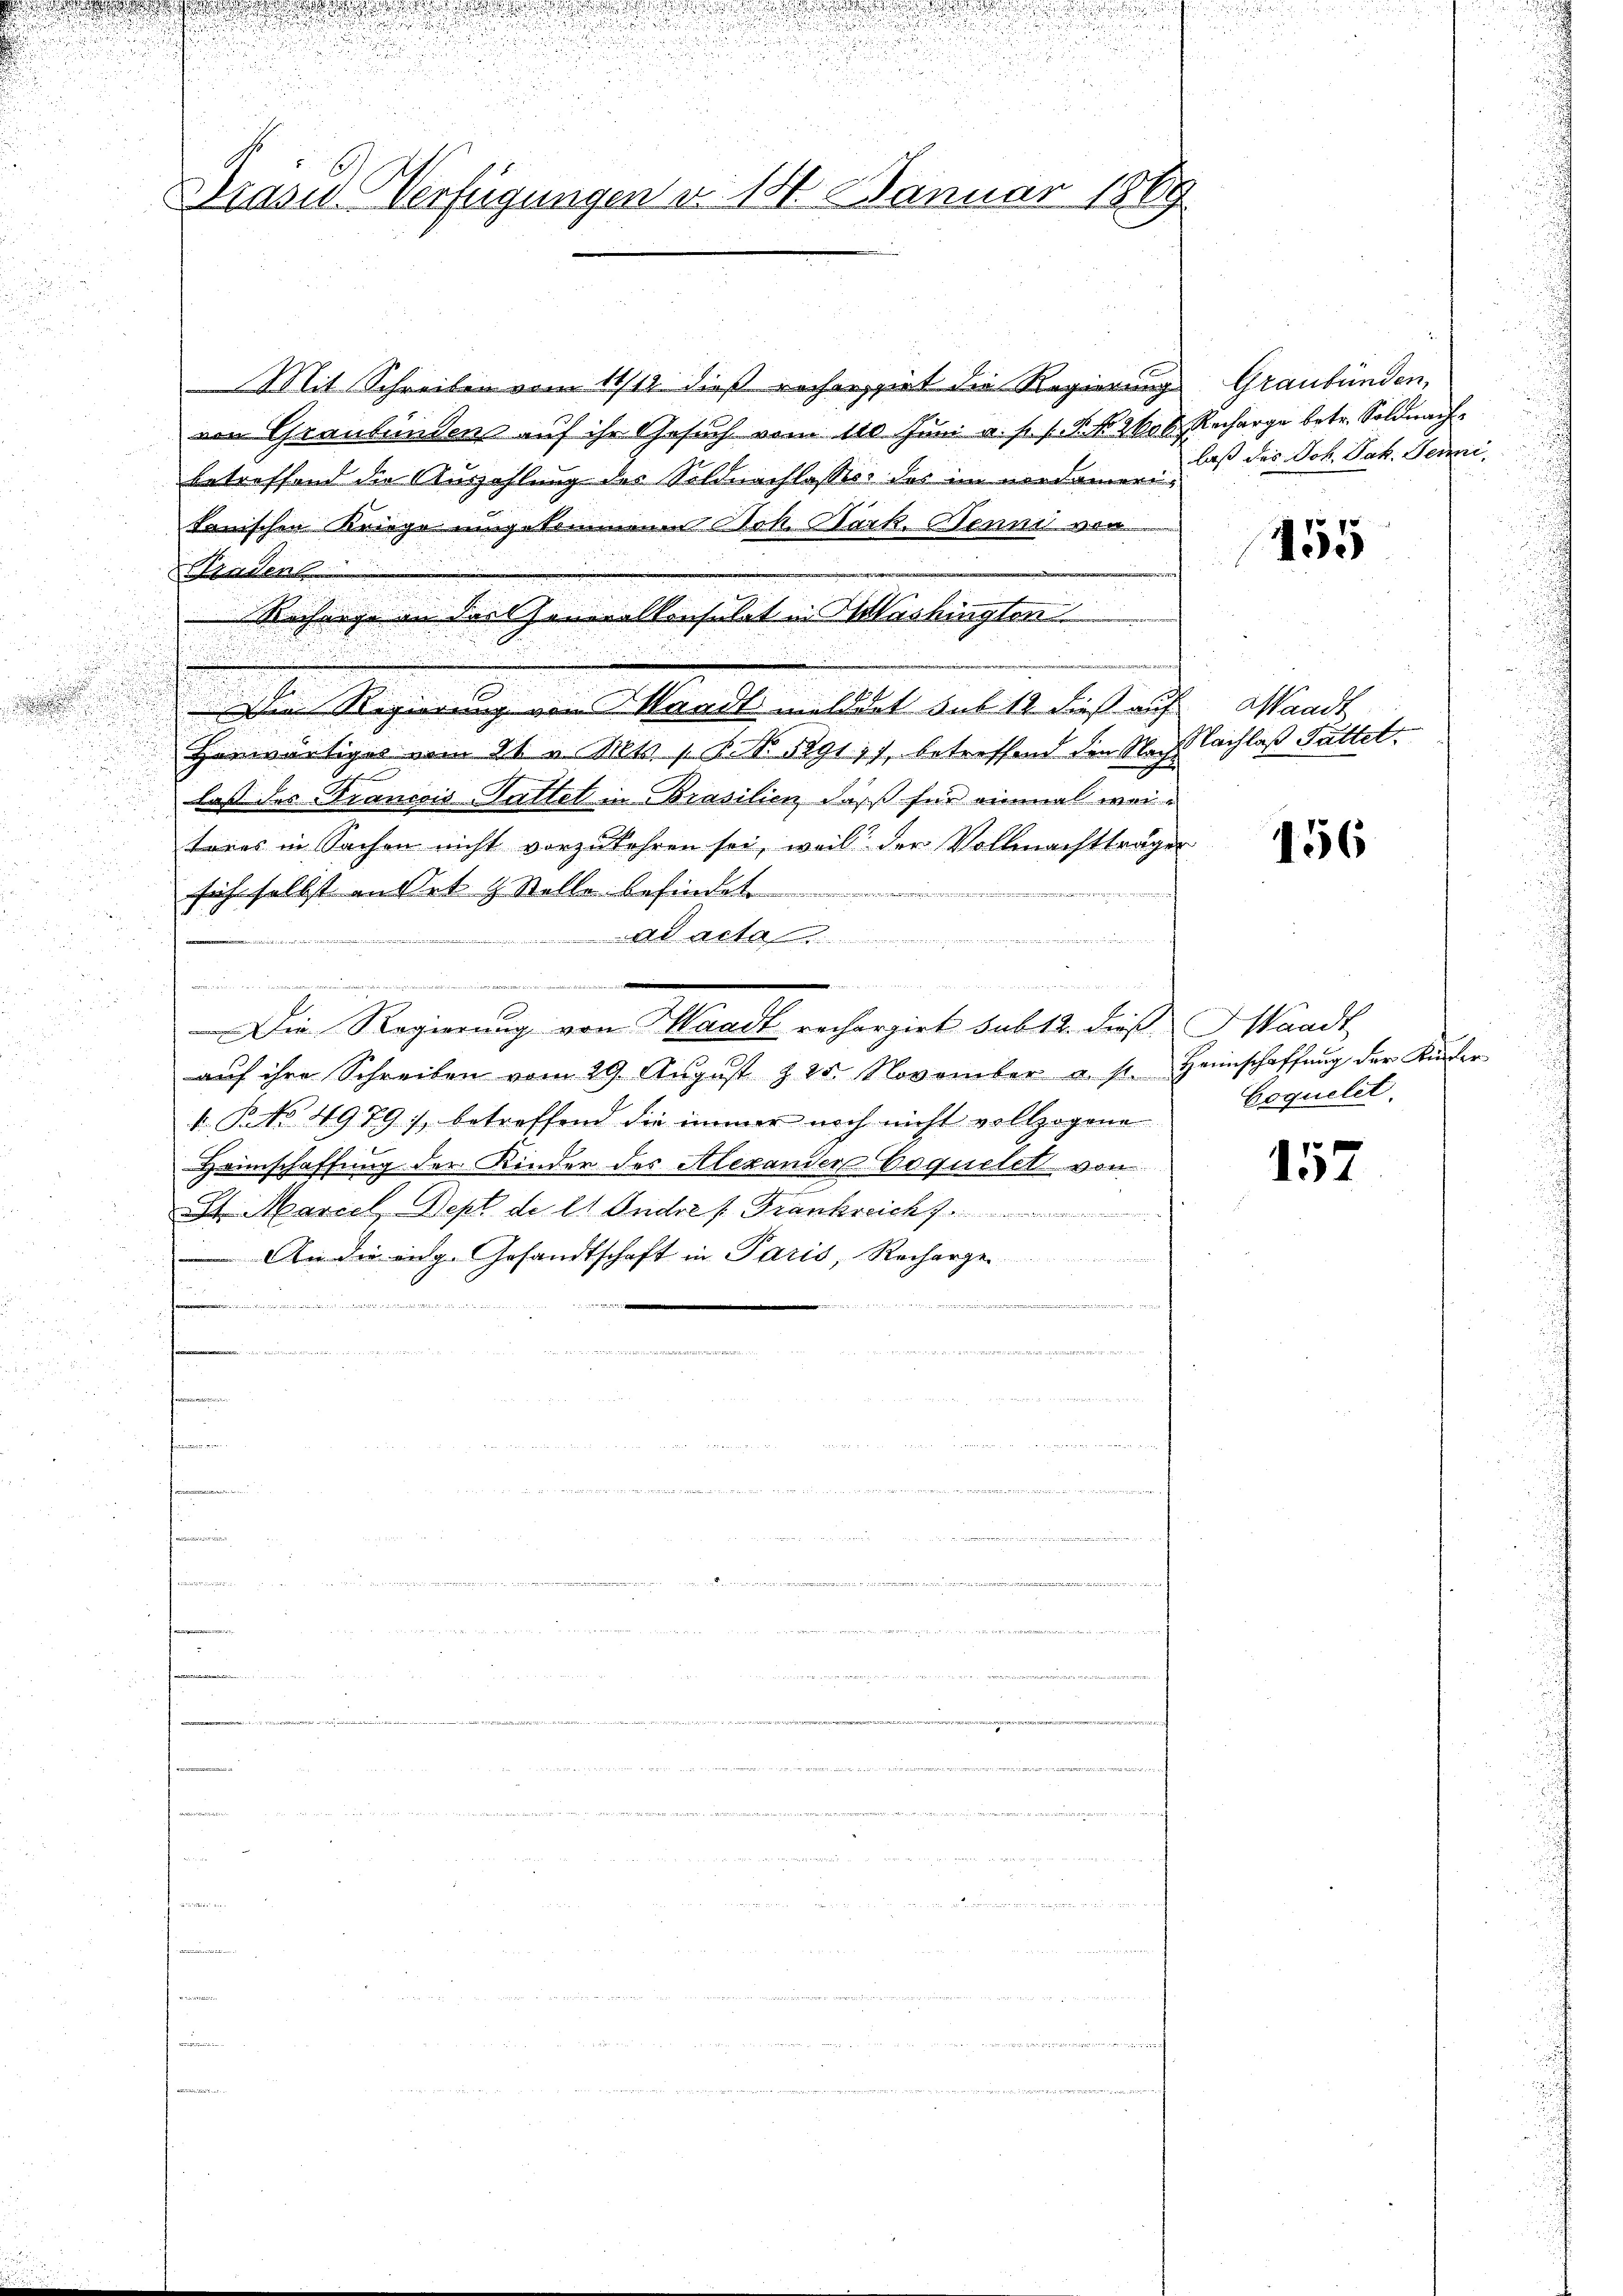
e

d

Brasis Verfügungen u. 14. Januar 1869

Mit Schreiben vom 11/12. dieß rechneiet die Regierung Graubünden,
von Graubünden auf ihr Gesuch vom 110. Juni a. s. f. P. N. 2600. Recharge betr. Soldnachbetreffend die Auszahlung des Soldnachlasses des im nordameritanischen Kriege umgekommenen Frk. Wark. Henni von
Fadens
ie Regierung von Mandt meldet sub 12 dieß auf
Henwärtiges vom 21. v. Mts. 1. B. No. 5291, 7, betreffend den Nach Nachlaß Pättet.
las des Francois-Tattet in Brasilien, daß für einmal weitores in Sachen nicht vorzukehren sei, weil der Vollmachtträger
fuhr selbst andet & Stelle befindet
Ad acte

e
MM Nr 4
Die Regierung von Waadt rechargirt sub 12. dies Waadt
aŭf ihre Schreiben vom 29. Aŭgust z. 25. November a. s. Heimschaffŭng der Küfer
 NNo. 4979, betreffend die immer noch nicht vollzogene
Heimschaffung der Kinder des Alexander bequelet von
.
St Mariel Sept. de lt. Andre s. Frankreich f
 An die eng. Gesandtschaft in Paris, Recharge
.

u
e

fenen
fanen an

Rechnige in der Generalkonsulat in Aushingten

.

u

h

i

laß des Joh. Jak. Jenni¬

455

Waadt

156

bequelet.

157